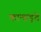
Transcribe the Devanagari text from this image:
कान्हड़दे